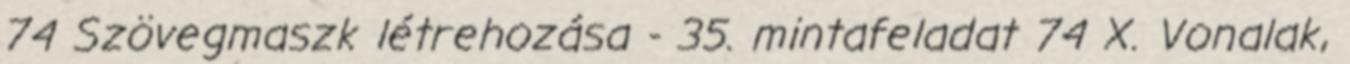
74 Szövegmaszk létrehozása - 35. mintafeladat 74 X. Vonalak,